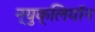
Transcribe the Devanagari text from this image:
न्युक्लियॉन